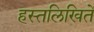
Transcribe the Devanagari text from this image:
हस्तलिखितें